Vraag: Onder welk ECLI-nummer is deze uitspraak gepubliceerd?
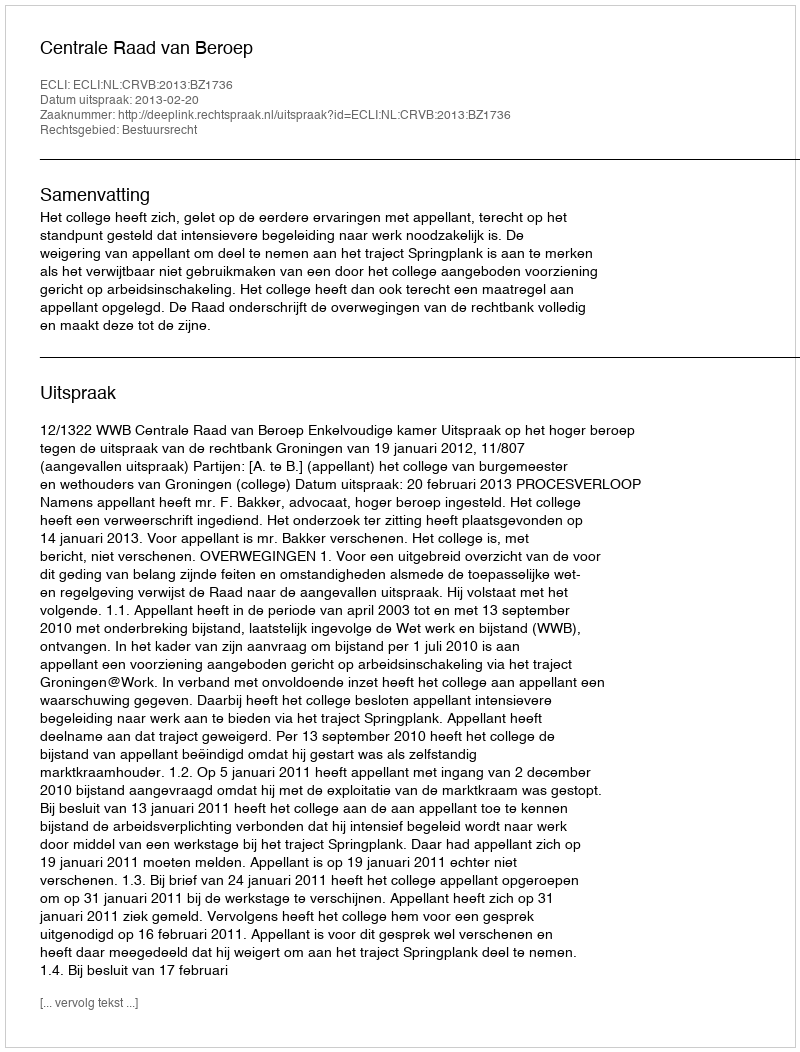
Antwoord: ECLI:NL:CRVB:2013:BZ1736